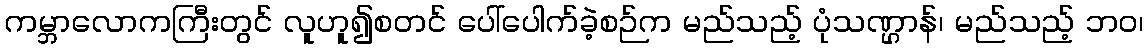
ကမ္ဘာလောကကြီးတွင် လူဟူ၍စတင် ပေါ်ပေါက်ခဲ့စဉ်က မည်သည့် ပုံသဏ္ဌာန်၊ မည်သည့် ဘဝ၊